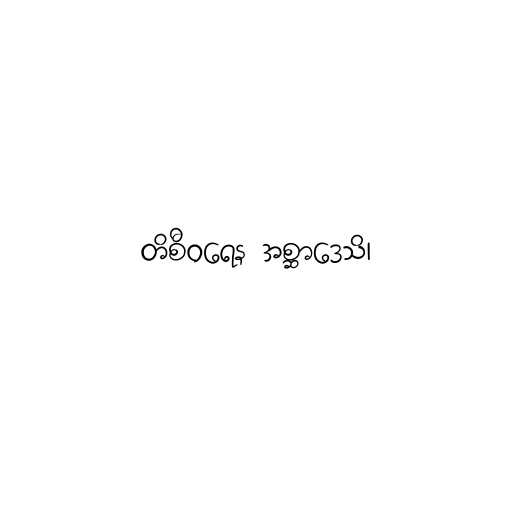
တိစီဝရေန အစ္ဆာဒေသိ၊